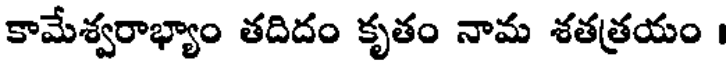
కామేశ్వరాభ్యాం తదిదం కృతం నామ శతత్రయం ।